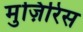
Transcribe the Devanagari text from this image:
मुज़िरिस